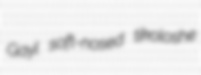
Gayl soft-nosed tikoloshe